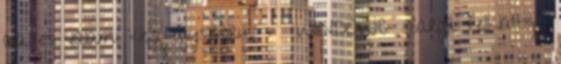
ala es valami kicsi egyszeru. - WINDOWS Sarga felkialtojel